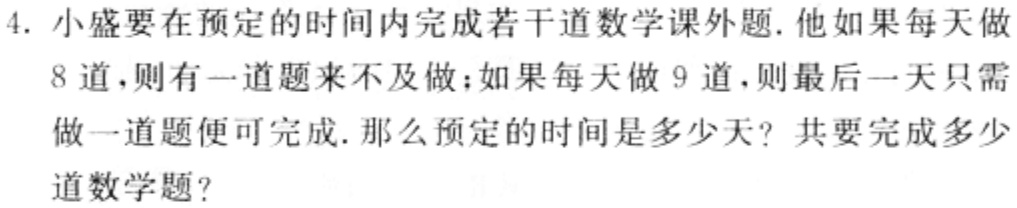
4. 小盛要在预定的时间内完成若干道数学课外题. 他如果每天做

8道，则有一道题来不及做；如果每天做 9 道，则最后一天只需

做一道题便可完成. 那么预定的时间是多少天？共要完成多少

道数学题？